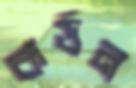
কর্ডন